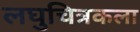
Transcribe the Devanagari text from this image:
लघुचित्रकला